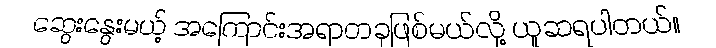
ဆွေးနွေးမယ့် အကြောင်းအရာတခုဖြစ်မယ်လို့ ယူဆရပါတယ်။